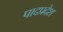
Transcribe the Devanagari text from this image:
पादप्रदेश